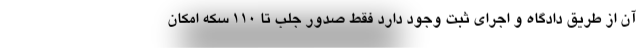
آن از طریق دادگاه و اجرای ثبت وجود دارد فقط صدور جلب تا ۱۱۰ سکه امکان